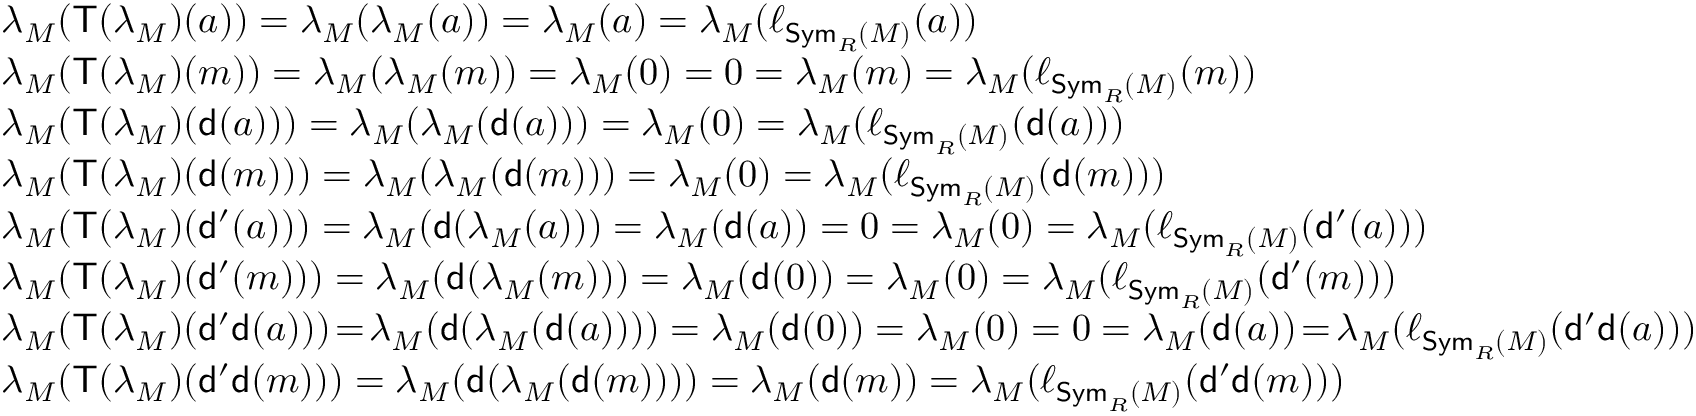
\begin{array} { r l } & { \lambda _ { M } ( \mathsf { T } ( \lambda _ { M } ) ( a ) ) = \lambda _ { M } ( \lambda _ { M } ( a ) ) = \lambda _ { M } ( a ) = \lambda _ { M } ( \ell _ { \mathsf { S y m } _ { R } ( M ) } ( a ) ) } \\ & { \lambda _ { M } ( \mathsf { T } ( \lambda _ { M } ) ( m ) ) = \lambda _ { M } ( \lambda _ { M } ( m ) ) = \lambda _ { M } ( 0 ) = 0 = \lambda _ { M } ( m ) = \lambda _ { M } ( \ell _ { \mathsf { S y m } _ { R } ( M ) } ( m ) ) } \\ & { \lambda _ { M } ( \mathsf { T } ( \lambda _ { M } ) ( \mathsf { d } ( a ) ) ) = \lambda _ { M } ( \lambda _ { M } ( \mathsf { d } ( a ) ) ) = \lambda _ { M } ( 0 ) = \lambda _ { M } ( \ell _ { \mathsf { S y m } _ { R } ( M ) } ( \mathsf { d } ( a ) ) ) } \\ & { \lambda _ { M } ( \mathsf { T } ( \lambda _ { M } ) ( \mathsf { d } ( m ) ) ) = \lambda _ { M } ( \lambda _ { M } ( \mathsf { d } ( m ) ) ) = \lambda _ { M } ( 0 ) = \lambda _ { M } ( \ell _ { \mathsf { S y m } _ { R } ( M ) } ( \mathsf { d } ( m ) ) ) } \\ & { \lambda _ { M } ( \mathsf { T } ( \lambda _ { M } ) ( \mathsf { d } ^ { \prime } ( a ) ) ) = \lambda _ { M } ( \mathsf { d } ( \lambda _ { M } ( a ) ) ) = \lambda _ { M } ( \mathsf { d } ( a ) ) = 0 = \lambda _ { M } ( 0 ) = \lambda _ { M } ( \ell _ { \mathsf { S y m } _ { R } ( M ) } ( \mathsf { d } ^ { \prime } ( a ) ) ) } \\ & { \lambda _ { M } ( \mathsf { T } ( \lambda _ { M } ) ( \mathsf { d } ^ { \prime } ( m ) ) ) = \lambda _ { M } ( \mathsf { d } ( \lambda _ { M } ( m ) ) ) = \lambda _ { M } ( \mathsf { d } ( 0 ) ) = \lambda _ { M } ( 0 ) = \lambda _ { M } ( \ell _ { \mathsf { S y m } _ { R } ( M ) } ( \mathsf { d } ^ { \prime } ( m ) ) ) } \\ & { \lambda _ { M } ( \mathsf { T } ( \lambda _ { M } ) ( \mathsf { d } ^ { \prime } \mathsf { d } ( a ) ) ) \! = \! \lambda _ { M } ( \mathsf { d } ( \lambda _ { M } ( \mathsf { d } ( a ) ) ) ) = \lambda _ { M } ( \mathsf { d } ( 0 ) ) = \lambda _ { M } ( 0 ) = 0 = \lambda _ { M } ( \mathsf { d } ( a ) ) \! = \! \lambda _ { M } ( \ell _ { \mathsf { S y m } _ { R } ( M ) } ( \mathsf { d } ^ { \prime } \mathsf { d } ( a ) ) ) } \\ & { \lambda _ { M } ( \mathsf { T } ( \lambda _ { M } ) ( \mathsf { d } ^ { \prime } \mathsf { d } ( m ) ) ) = \lambda _ { M } ( \mathsf { d } ( \lambda _ { M } ( \mathsf { d } ( m ) ) ) ) = \lambda _ { M } ( \mathsf { d } ( m ) ) = \lambda _ { M } ( \ell _ { \mathsf { S y m } _ { R } ( M ) } ( \mathsf { d } ^ { \prime } \mathsf { d } ( m ) ) ) } \end{array}